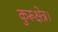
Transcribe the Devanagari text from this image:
कुरूक्षेत्र।